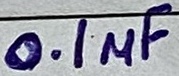
Text: 0.1µF